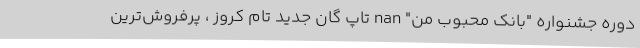
دوره جشنواره "بانک محبوب من" nan تاپ گان جدید تام کروز ، پرفروش‌ترین